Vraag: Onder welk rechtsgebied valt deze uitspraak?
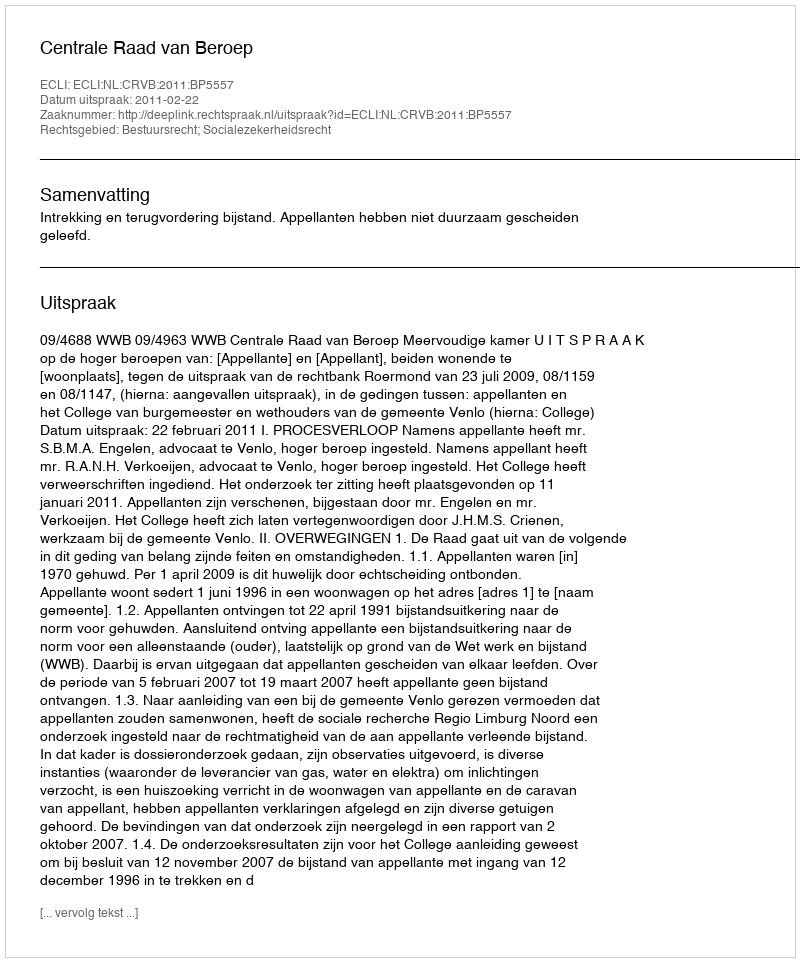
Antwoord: Bestuursrecht; Socialezekerheidsrecht